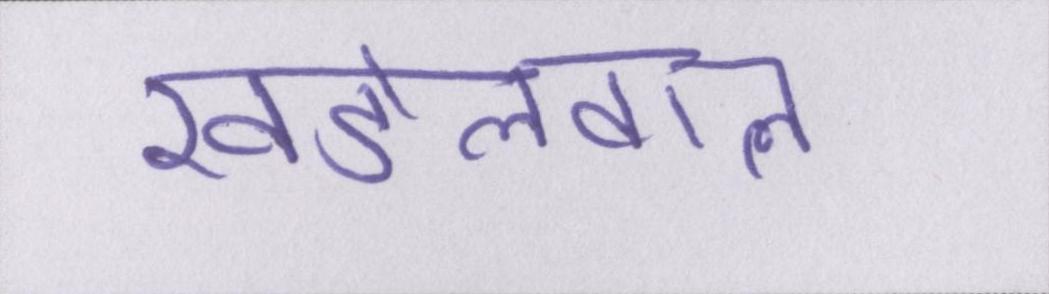
खंडेलवाल